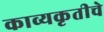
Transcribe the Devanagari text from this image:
काव्यकृतीचे